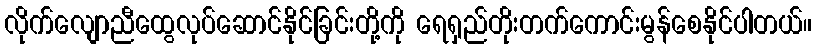
လိုက်လျောညီထွေလုပ်ဆောင်နိုင်ခြင်းတို့ကို ရေရှည်တိုးတက်ကောင်းမွန်စေနိုင်ပါတယ်။